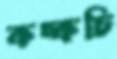
কচ্‌কচি